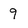
Character: 9